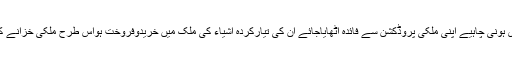
یہ اقدام انتہائی ضروری ہے اس سلسلے میں حکومت کو چاہیے کہ وہ درآمدات پر پابندی ہونی چاہیے اپنی ملکی پروڈکشن سے فائدہ اٹھایاجائے اُن کی تیارکردہ اشیاء کی ملک میں خریدوفروخت ہواس طرح ملکی خزانے کو بھی فائدہ ہوگا اوربیرون ملک سے منگوائی گئی اشیاء پربھی انحصارختم ہوجائے گا ۔